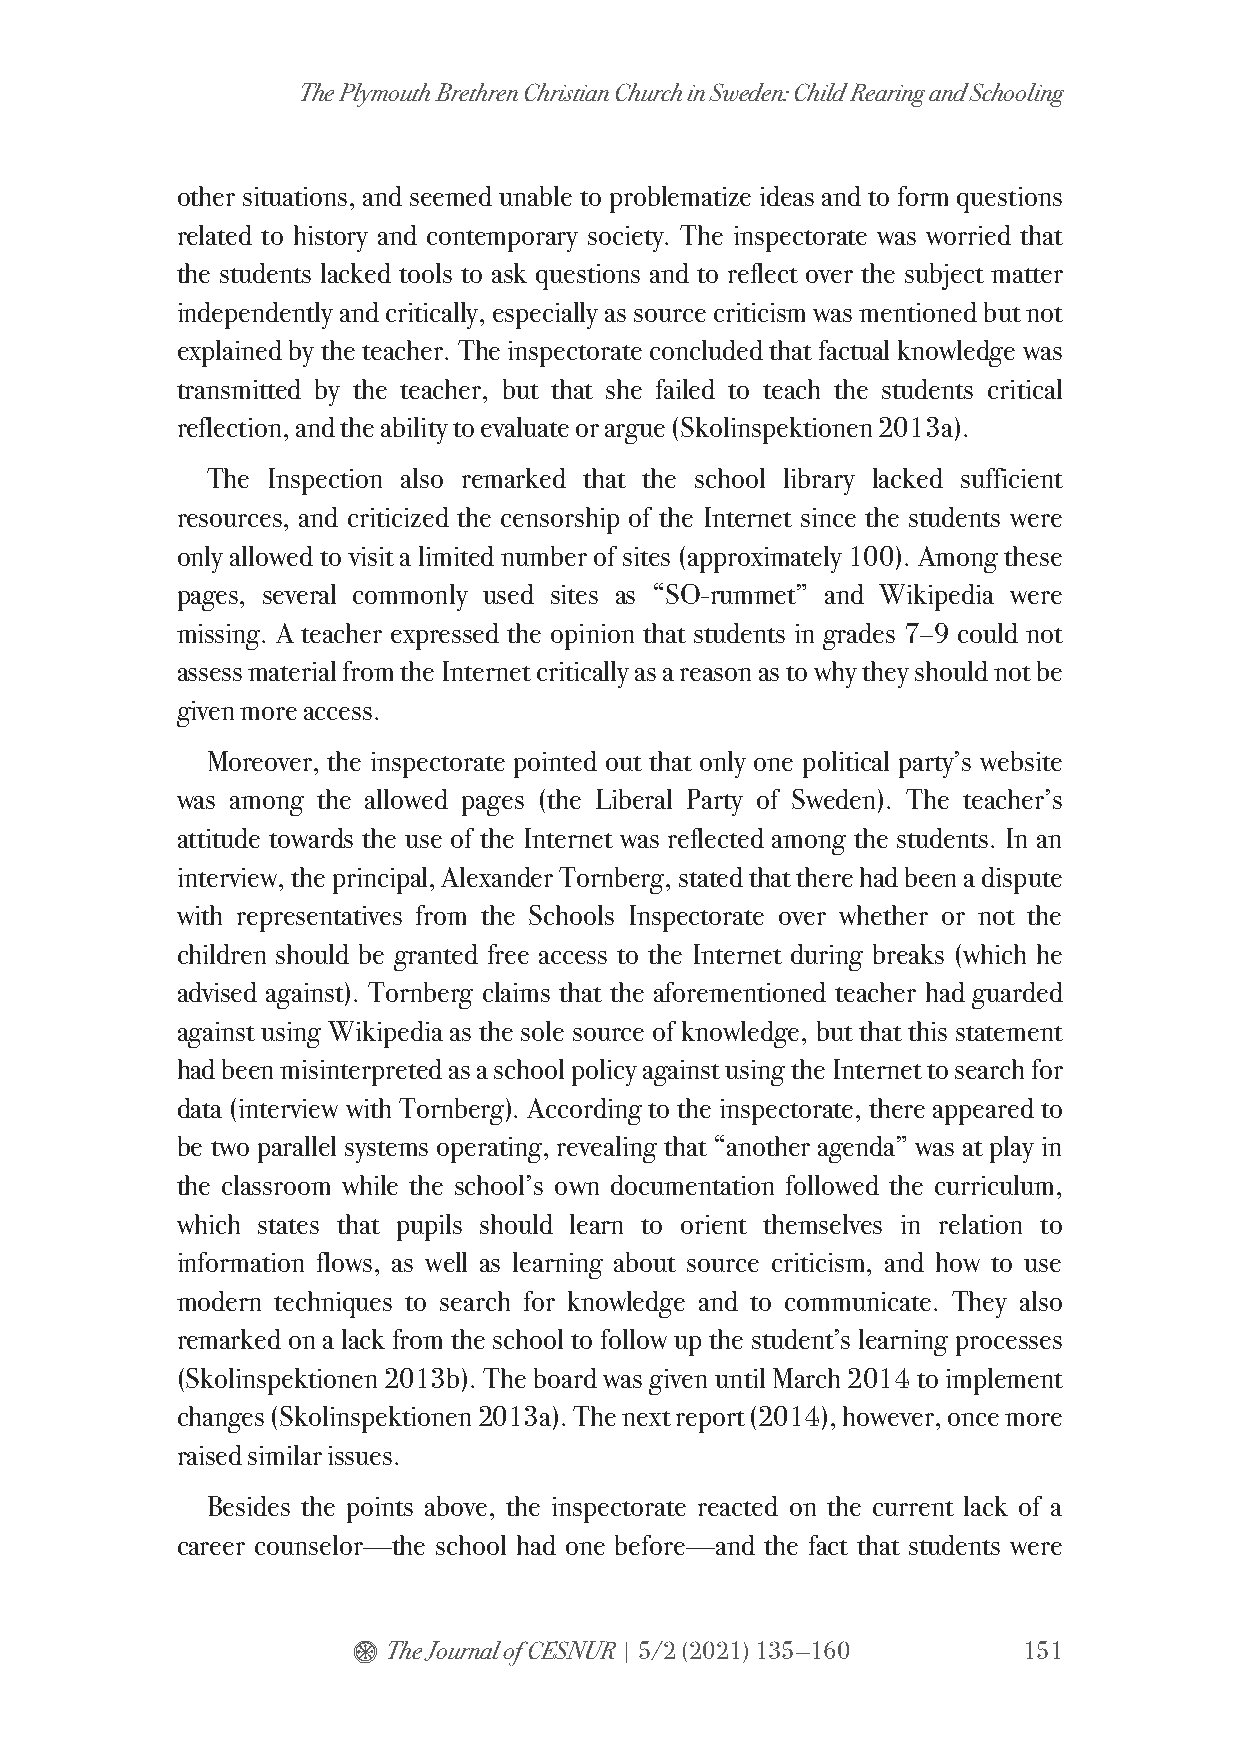
The Plymouth Brethren Christian Church in Sweden: Child Rearing and Schooling
 other situations, and seemed unable to problematize ideas and to form questions
 related to history and contemporary society. The inspectorate was worried that
 the students lacked tools to ask questions and to reflect over the subject matter
 independently and critically, especially as source criticism was mentioned but not
 explained by the teacher. The inspectorate concluded that factual knowledge was
 transmitted by the teacher, but that she failed to teach the students critical
 reflection, and the ability to evaluate or argue (Skolinspektionen 2013a).
 The Inspection also remarked that the school library lacked sufficient
 resources, and criticized the censorship of the Internet since the students were
 only allowed to visit a limited number of sites (approximately 100). Among these
 pages, several commonly used sites as “SO-rummet” and Wikipedia were
 missing. A teacher expressed the opinion that students in grades 7–9 could not
 assess material from the Internet critically as a reason as to why they should not be
 given more access.
 Moreover, the inspectorate pointed out that only one political party’s website
 was among the allowed pages (the Liberal Party of Sweden). The teacher’s
 attitude towards the use of the Internet was reflected among the students. In an
 interview, the principal, Alexander Tornberg, stated that there had been a dispute
 with representatives from the Schools Inspectorate over whether or not the
 children should be granted free access to the Internet during breaks (which he
 advised against). Tornberg claims that the aforementioned teacher had guarded
 against using Wikipedia as the sole source of knowledge, but that this statement
 had been misinterpreted as a school policy against using the Internet to search for
 data (interview with Tornberg). According to the inspectorate, there appeared to
 be two parallel systems operating, revealing that “another agenda” was at play in
 the classroom while the school’s own documentation followed the curriculum,
 which states that pupils should learn to orient themselves in relation to
 information flows, as well as learning about source criticism, and how to use
 modern techniques to search for knowledge and to communicate. They also
 remarked on a lack from the school to follow up the student’s learning processes
 (Skolinspektionen 2013b). The board was given until March 2014 to implement
 changes (Skolinspektionen 2013a). The next report (2014), however, once more
 raised similar issues.
 Besides the points above, the inspectorate reacted on the current lack of a
 career counselor—the school had one before—and the fact that students were
 $  The Journal of CESNUR | 5/2 (2021) 135—160 151